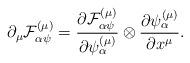
LaTeX: \begin{align*}\partial _{\mu }{\cal F}_{\alpha \psi }^{\left( \mu \right) }=\frac{\partial {\cal F}_{\alpha \psi }^{\left( \mu \right) }}{\partial \psi _{\alpha}^{\left( \mu \right) }}\otimes \frac{\partial \psi _{\alpha }^{\left( \mu\right) }}{\partial x^{\mu }}. \end{align*}